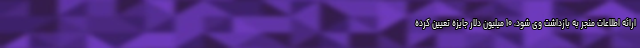
ارائه اطلاعات منجر به بازداشت وی شود، ۱۰ میلیون دلار جایزه تعیین کرده